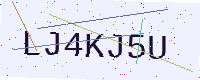
Text: LJ4KJ5U